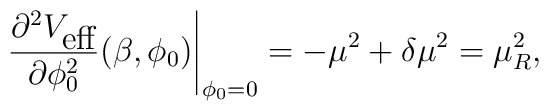
\left.\frac{\partial^{2}V_{\mbox{eff}}}{\partial \phi_{0}^{2}}(\beta,\phi_{0})\right|_{\phi_{0}=0}=-\mu^{2}+\delta\mu^{2}=\mu_{R}^{2},